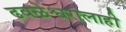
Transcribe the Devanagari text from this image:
ढवळेश्वरालाही